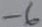
Text: -6